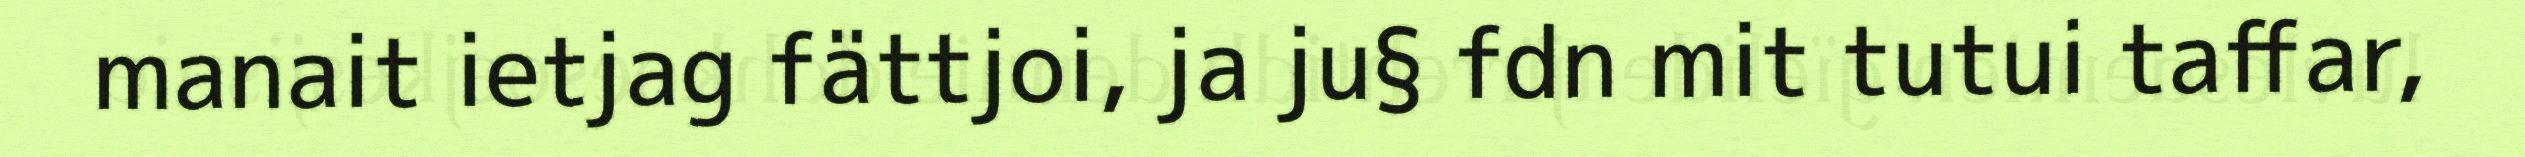
manait ietjag fättjoi, ja ju§ fdn mit tutui taffar,